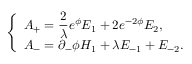
\left\{ \begin{array} { l } { { A _ { + } = { \displaystyle \frac { 2 } { \lambda } } e ^ { \phi } E _ { 1 } + 2 e ^ { - 2 \phi } E _ { 2 } , } } \\ { { A _ { - } = \partial _ { - } \phi H _ { 1 } + \lambda E _ { - 1 } + E _ { - 2 } . } } \end{array} \right.